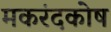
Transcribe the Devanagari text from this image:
मकरंदकोष